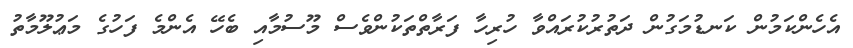
އެހެންކަމުން ކަނޑުމަގުން ދަތުރުކުރައްވާ ހުރިހާ ފަރާތްތަކުންވެސް މޫސުމާއި ބެހޭ އެންމެ ފަހުގެ މަޢުލޫމާތު